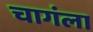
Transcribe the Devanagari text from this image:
चागंला